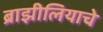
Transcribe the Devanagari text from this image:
ब्राझीलियाचे